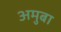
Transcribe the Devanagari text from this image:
अमुबा